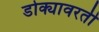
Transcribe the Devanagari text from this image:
डोक्यावरती